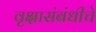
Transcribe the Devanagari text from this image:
वृक्षासंबंधीचे